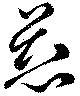
慈